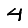
Digit: 4